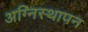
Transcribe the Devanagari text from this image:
अग्निस्थापन